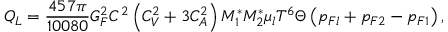
Q _ { L } = \frac { 4 5 7 \pi } { 1 0 0 8 0 } G _ { F } ^ { 2 } C ^ { 2 } \left( C _ { V } ^ { 2 } + 3 C _ { A } ^ { 2 } \right) M _ { 1 } ^ { \ast } M _ { 2 } ^ { \ast } \mu _ { l } T ^ { 6 } \Theta \left( p _ { F l } + p _ { F 2 } - p _ { F 1 } \right) ,